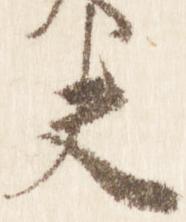
夫